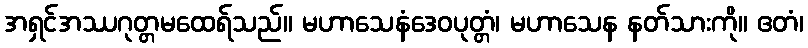
အရှင်အဿဂုတ္တမထေရ်သည်။ မဟာသေနံဒေဝပုတ္တံ၊ မဟာသေန နတ်သားကို။ ဧတံ၊